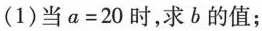
(1)当$$a = 2 0$$时，求b的值；